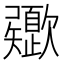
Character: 𣤻